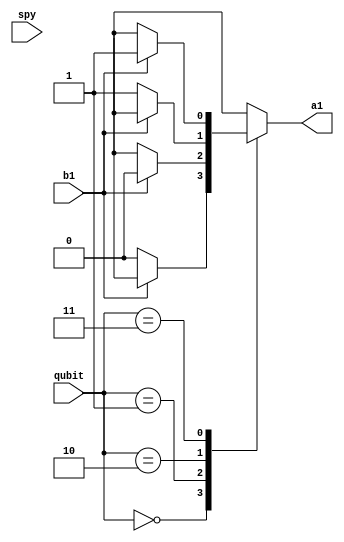
module Bob(input [1:0]qubit,
      input b1,
      input spy,
      output reg a1);

 parameter zero = 2'b00;
 parameter plus = 2'b01;
 parameter one = 2'b10;
 parameter minus= 2'b11;
  
 always @ (*)
  begin
   case (qubit)
     zero: begin
      if( !b1)
       a1 = 1'b0;
      else
       a1 = 1'bx;
     end
     plus: begin
      if( b1)
       a1 = 1'b0;
      else
       a1 = 1'bx;
     end
     one: begin
      if( !b1 )
       a1 = 1'b1;
      else
       a1 = 1'bx;
     end
     minus: begin
      if( b1)
       a1 = 1'b1;
      else
       a1 = 1'bx;
     end
     default: a1 = 1'b1;
     endcase
  end
endmodule